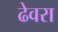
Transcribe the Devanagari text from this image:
ढेवरा